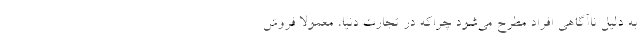
به دلیل ناآگاهی افراد مطرح می‌شود چراکه در تجارت دنیا، معمولا فروش